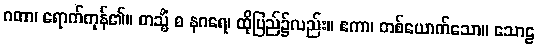
ဂတာ၊ ရောက်ကုန်၏။ တသ္မိံ စ နဂရေ၊ ထိုပြည်၌လည်း။ ဧကာ၊ တစ်ယောက်သော။ သောဠ